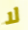
لا